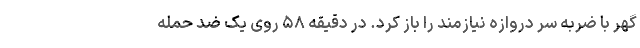
گهر با ضربه سر دروازه نیازمند را باز کرد. در دقیقه ۵۸ روی یک ضد حمله